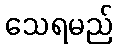
သေရမည်